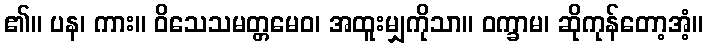
၏။ ပန၊ ကား။ ဝိသေသမတ္တမေဝ၊ အထူးမျှကိုသာ။ ဝက္ခာမ၊ ဆိုကုန်တော့အံ့။